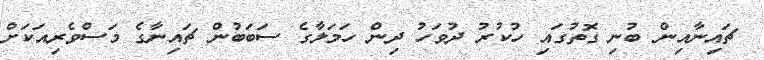
ޗައިނާއިން ބުނި ގޮތުގައި ހުކުރު ދުވަހު ދިން ހަމަލާގެ ސަބަބުން ޗައިނާގެ މަސްވެރިއަކަށް